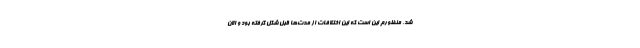
شد. منظورم این است که این اختلافات از مدت‌ها قبل شکل گرفته بود و الان